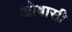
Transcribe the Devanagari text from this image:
ओबासी